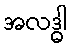
အလဒ္ဓါ